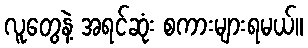
လူတွေနဲ့ အရင်ဆုံး စကားများရမယ်။